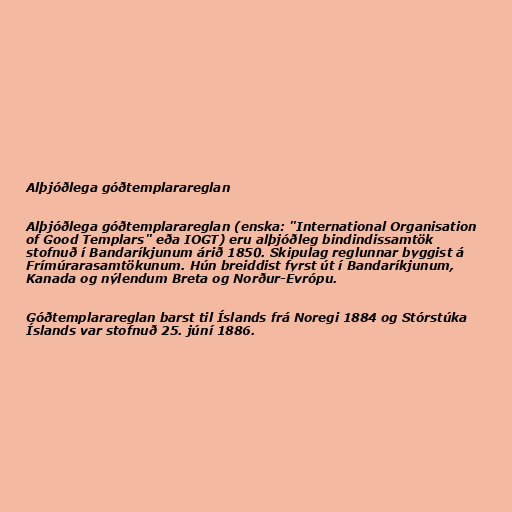
Alþjóðlega góðtemplarareglan

Alþjóðlega góðtemplarareglan (enska: "International Organisation
of Good Templars" eða IOGT) eru alþjóðleg bindindissamtök
stofnuð í Bandaríkjunum árið 1850. Skipulag reglunnar byggist á
Frímúrarasamtökunum. Hún breiddist fyrst út í Bandaríkjunum,
Kanada og nýlendum Breta og Norður-Evrópu.

Góðtemplarareglan barst til Íslands frá Noregi 1884 og Stórstúka
Íslands var stofnuð 25. júní 1886.